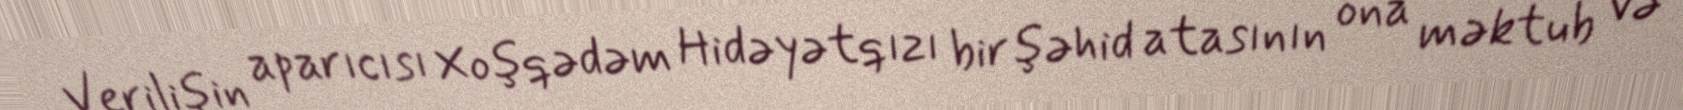
Verilişin aparıcısı Xoşqədəm Hidəyətqızı bir şəhid atasının ona məktub və